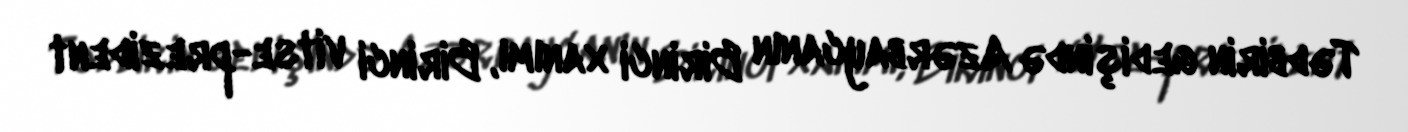
Tədbirin gedişində Azərbaycanın Birinci xanımı, Birinci vitse-prezident